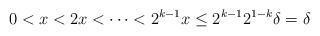
LaTeX: \begin{align*}0 < x < 2x < \cdots < 2^{k-1}x \leq 2^{k-1} 2^{1-k} \delta = \delta \end{align*}